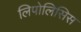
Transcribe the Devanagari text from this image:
लिपोलिसिस